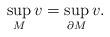
LaTeX: \begin{align*}\sup_{M} v = \sup_{\partial M} v.\end{align*}